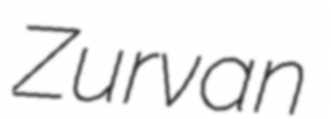
Zurvan